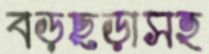
বড়ছড়াসহ